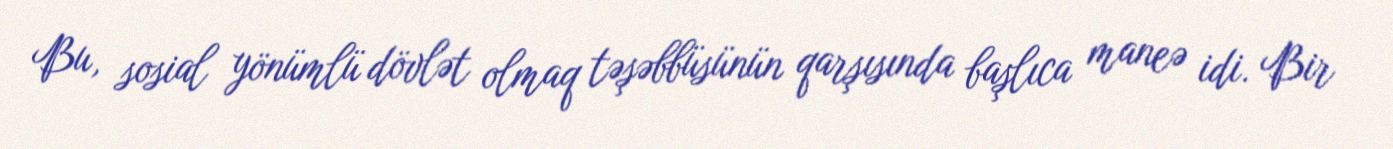
Bu, sosial yönümlü dövlət olmaq təşəbbüsünün qarşısında başlıca maneə idi. Bir